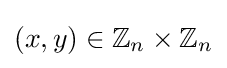
(x,y)\in \mathbb {Z} _{n}\times \mathbb {Z} _{n}